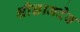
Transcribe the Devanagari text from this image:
श्रीज्ञानदेव